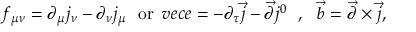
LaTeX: f _ { \mu \nu } = \partial _ { \mu } j _ { \nu } - \partial _ { \nu } j _ { \mu } \ \ \mathrm { o r } \ \, v e c { e } = - \partial _ { \tau } \vec { j } - \vec { \partial } j ^ { 0 } \ \ , \ \ \vec { b } = \vec { \partial } \times \vec { j } ,